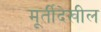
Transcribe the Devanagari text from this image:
मूर्तीदेखील